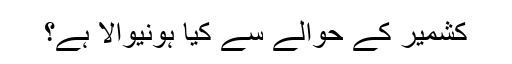
کشمیر کے حوالے سے کیا ہونیوالا ہے؟